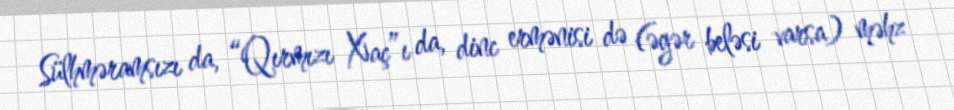
Sülhməramsızı da, “Qırmızı Xaç”ı da, dinc ermənisi də (əgər beləsi varsa) məhz